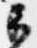
安